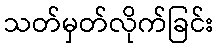
သတ်မှတ်လိုက်ခြင်း